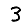
Digit: 3